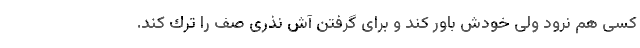
كسی هم نرود ولی خودش باور كند و برای گرفتن آش نذری صف را ترك كند.